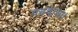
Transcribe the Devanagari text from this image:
पढवाया।